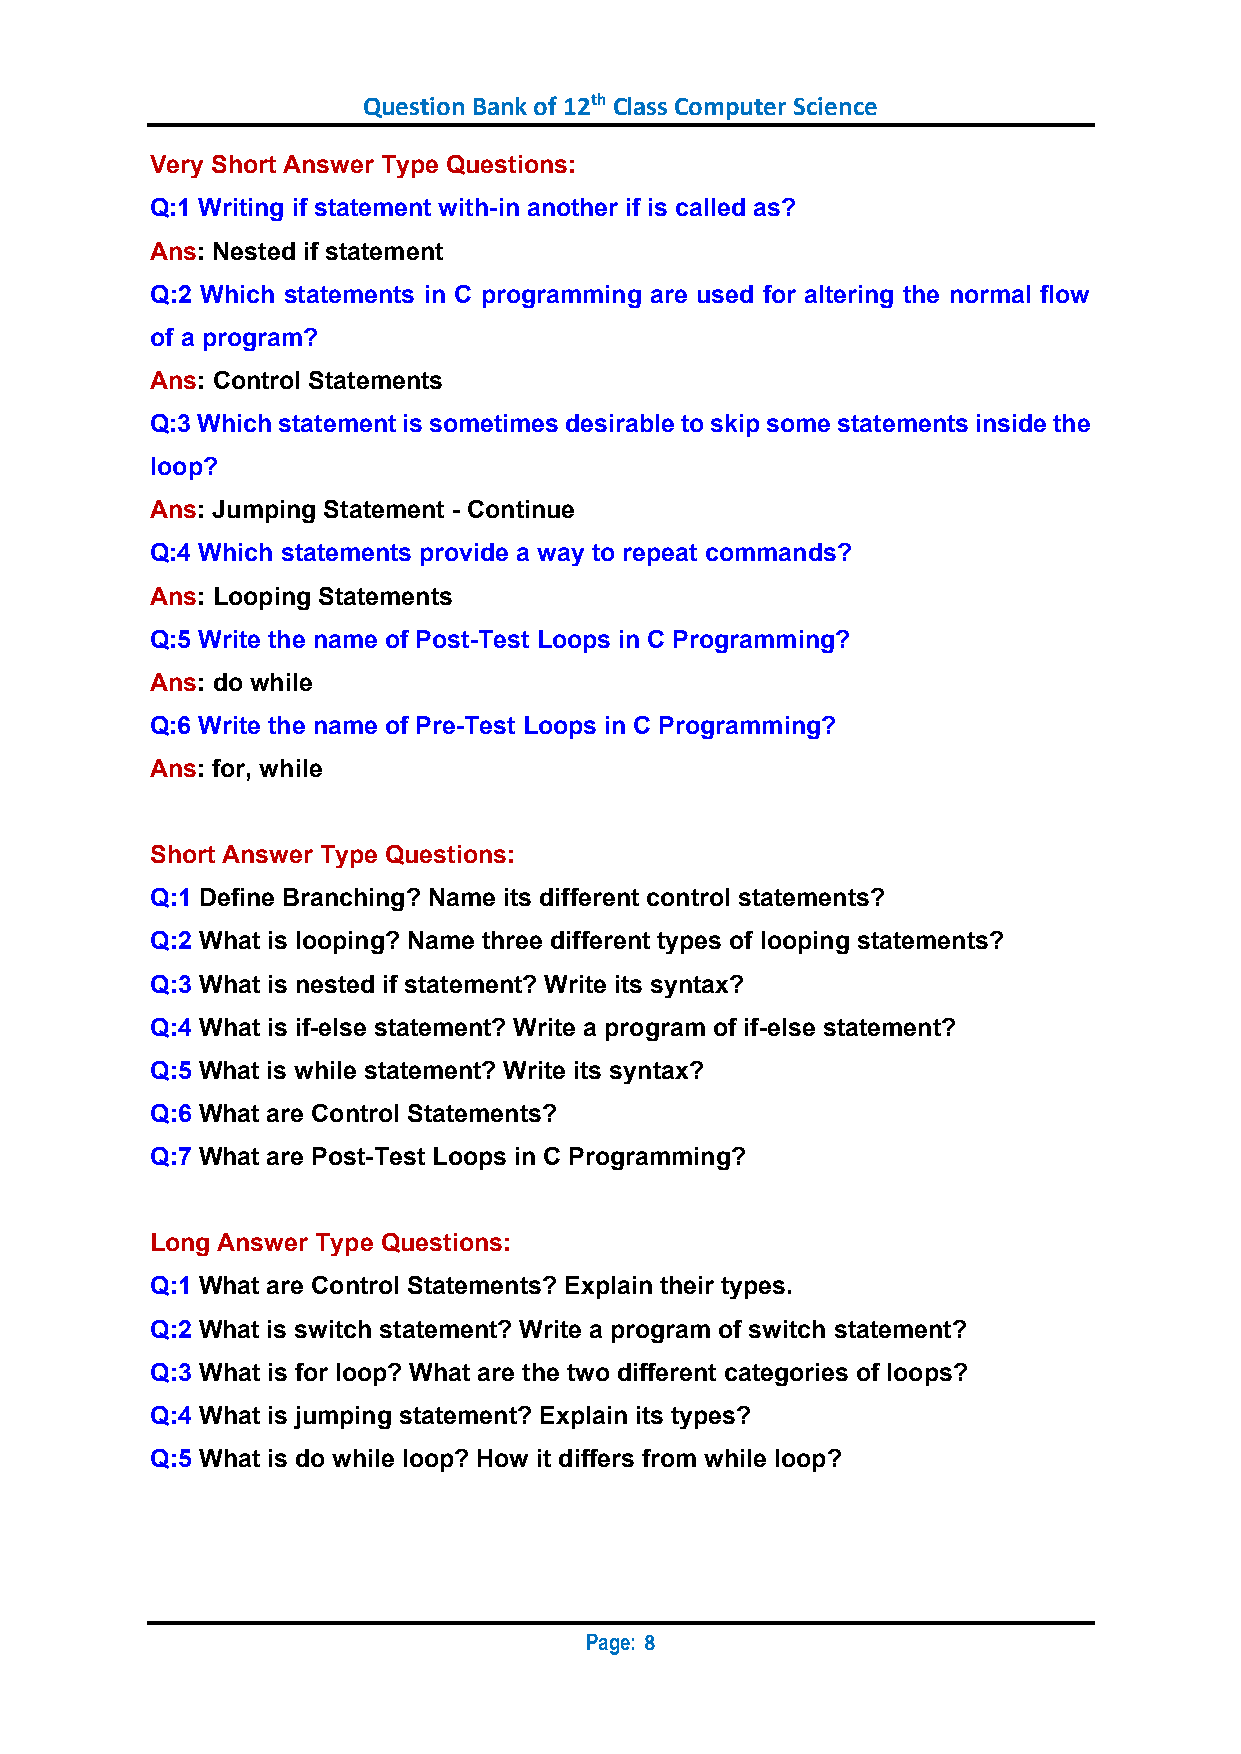
Question Bank of 12th Class Computer Science
 Very Short Answer Type Questions:
 Q:1 Writing if statement with-in another if is called as?
 Ans: Nested if statement
 Q:2 Which statements in C programming are used for altering the normal flow
 of a program?
 Ans: Control Statements
 Q:3 Which statement is sometimes desirable to skip some statements inside the
 loop?
 Ans: Jumping Statement - Continue
 Q:4 Which statements provide a way to repeat commands?
 Ans: Looping Statements
 Q:5 Write the name of Post-Test Loops in C Programming?
 Ans: do while
 Q:6 Write the name of Pre-Test Loops in C Programming?
 Ans: for, while
 Short Answer Type Questions:
 Q:1 Define Branching? Name its different control statements?
 Q:2 What is looping? Name three different types of looping statements?
 Q:3 What is nested if statement? Write its syntax?
 Q:4 What is if-else statement? Write a program of if-else statement?
 Q:5 What is while statement? Write its syntax?
 Q:6 What are Control Statements?
 Q:7 What are Post-Test Loops in C Programming?
 Long Answer Type Questions:
 Q:1 What are Control Statements? Explain their types.
 Q:2 What is switch statement? Write a program of switch statement?
 Q:3 What is for loop? What are the two different categories of loops?
 Q:4 What is jumping statement? Explain its types?
 Q:5 What is do while loop? How it differs from while loop?
 Page:
 8